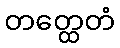
တတ္ထေတံ